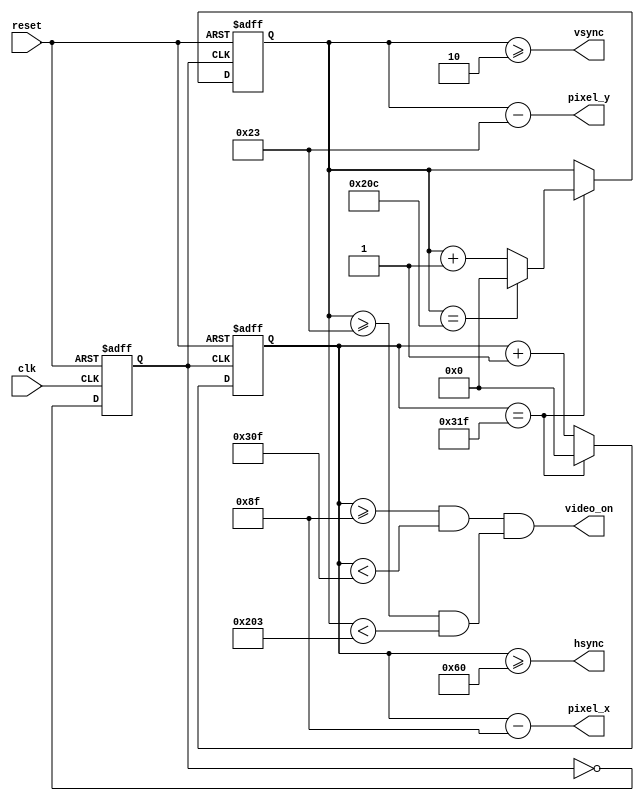
`timescale 1ns / 1ps
//////////////////////////////////////////////////////////////////////////////////
// Company: 
// Engineer: 
// 
// Design Name: 
// Module Name:    VGAsync 
// Project Name: 
// Target Devices: 
// Tool versions: 
// Description: 
//
// Dependencies: 
//
// Revision: 
// Revision 0.01 - File Created
// Additional Comments: 
//
//////////////////////////////////////////////////////////////////////////////////
module VGAsync(                          
 input wire clk, reset, 
	output wire hsync, vsync, video_on,
	output wire [9:0] pixel_x,
	output wire [9:0] pixel_y
    );
	reg vga_clk;
   reg [9:0] h_count;
   reg [9:0] v_count;

   always @ (posedge clk or posedge reset) begin
       if(reset) vga_clk <= 0;
       else vga_clk <= ~vga_clk;
   end

   always @ (posedge vga_clk or posedge reset) begin
       if(reset) h_count <= 10'h0;
       else if(h_count == 10'd799) h_count <= 10'h0;
       else h_count <= h_count + 10'h1;
   end

   always @ (posedge vga_clk or posedge reset) begin
       if(reset) v_count <= 10'h0;
       else if(h_count == 10'd799) begin
           if(v_count == 10'd524) v_count <= 10'h0;
           else v_count <= v_count + 10'h1;
       end
   end

   assign pixel_x = h_count - 10'd143;
   assign pixel_y = v_count - 10'd35;
   assign hsync = (h_count >= 10'd96);
   assign vsync = (v_count >= 10'd2);
   assign video_on = (((h_count >= 10'd143) && (h_count < 10'd783)) && ((v_count >= 10'd35) && (v_count < 10'd515)));

endmodule